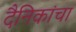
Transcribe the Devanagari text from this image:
दैनिकांचा